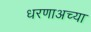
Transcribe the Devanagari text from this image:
धरणाअच्या